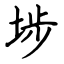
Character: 埗